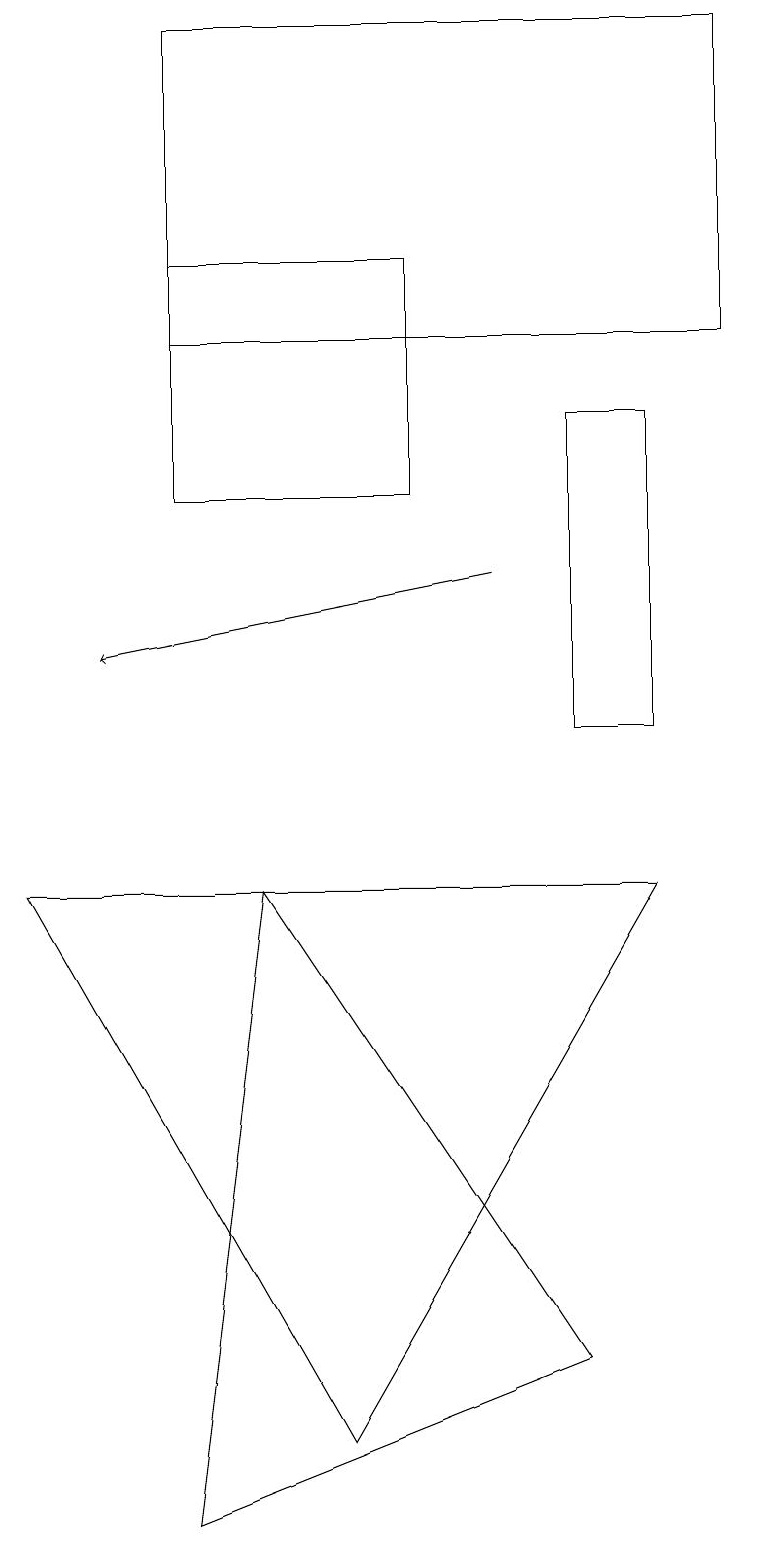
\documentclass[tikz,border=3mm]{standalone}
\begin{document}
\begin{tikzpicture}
\draw[->] (6,12) -- (1,11);
\draw (8,10) rectangle (7,14);
\draw (3,8) -- (2,0) -- (7,2) -- cycle;
\draw (5,16) rectangle (2,13);
\draw (8,8) -- (0,8) -- (4,1) -- cycle;
\draw (2,15) rectangle (9,19);
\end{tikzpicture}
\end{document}